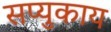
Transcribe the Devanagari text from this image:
सप्युकाय